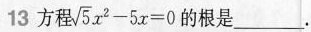
13方程$$\sqrt { 5 } x ^ { 2 } - 5 x = 0$$ 的根是___。